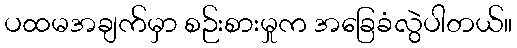
ပထမအချက်မှာ စဉ်းစားမှုက အခြေခံလွဲပါတယ်။